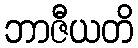
ဘာဇီယတိ